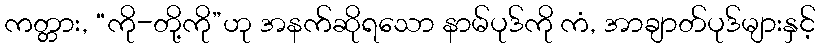
ကတ္တား, “ကို-တို့ကို”ဟု အနက်ဆိုရသော နာမ်ပုဒ်ကို ကံ, အာချာတ်ပုဒ်များနှင့်